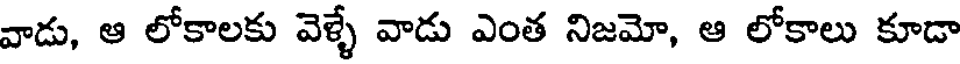
వాడు, ఆ లోకాలకు వెళ్ళే వాడు ఎంత నిజమో, ఆ లోకాలు కూడా